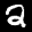
Label: 2